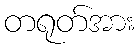
တရုတ်အား